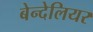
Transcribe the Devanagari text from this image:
बेन्देलियर